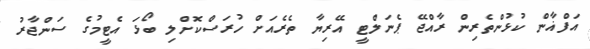
އަފްޣާން ކުޅުންތެރިން ރާއްޖޭ ޕެނަލްޓީ އޭރިޔާ ތެރެއަށް ހުރަސްކޮށްލި ބޯޅަ އެޓީމުގެ ސަންޖާރު